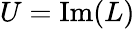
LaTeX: U={\mathrm{Im}}(L)